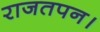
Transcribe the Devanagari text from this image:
राजतपन।